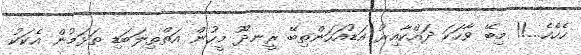
ހެހެހެ...!! މިބޭ ވާހަކަ ދައްކާއިރު އަޑުއަހަންތިބޭ ރީނދޫ މީހުން އަތްތިލަބަޑި ތަޅަމުން އެކަކު